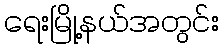
ရေးမြို့နယ်အတွင်း